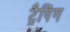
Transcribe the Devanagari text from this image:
ट्रैपिंग